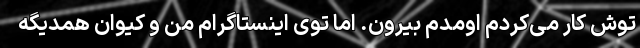
توش کار می‌کردم اومدم بیرون. اما توی اینستاگرام من و کیوان همدیگه